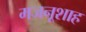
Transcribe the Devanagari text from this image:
मजनूशाह